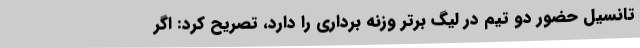
تانسیل حضور دو تیم در لیگ برتر وزنه برداری را دارد، تصریح کرد: اگر